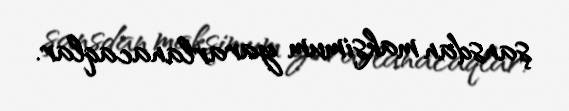
şansdan maksimum yararlanacaqlar.